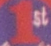
1st